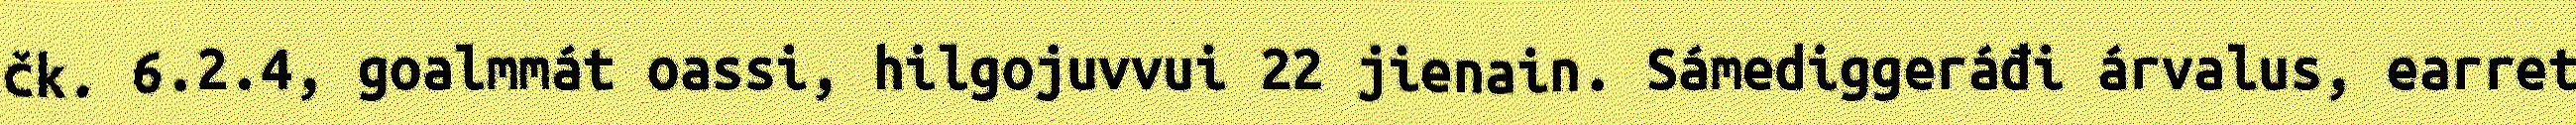
čk. 6.2.4, goalmmát oassi, hilgojuvvui 22 jienain. Sámediggeráđi árvalus, earret